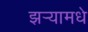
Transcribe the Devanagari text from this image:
झर्‍यामधे